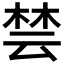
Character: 𪲡